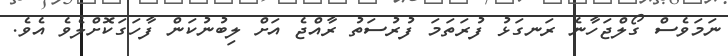
ނަމަވެސް ގޯލްޖަހާނެ ރަނގަޅު ފުރަތަމަ ފުރުސަތު ރާއްޖެ އަށް ލިބުނުކަން ފާހަގަކޮށްލެވެ އެވެ.